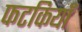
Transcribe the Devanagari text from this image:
फटकियाँ